Annual administration and progress report of the Indian Medical Department, Bombay
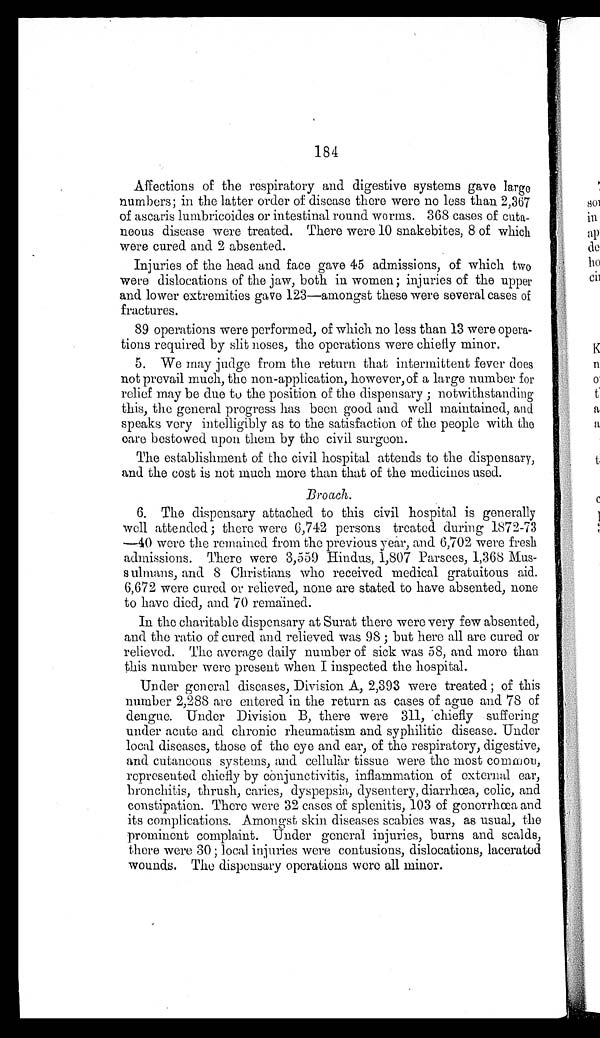
1 8 4
Affections of the respiratory and digestive systems gave larg
e n u m b e r s ; i n t h e l a t t e r o r d e r o f d i s e a s e t h e r e w e r e n o l e s s t h a n 2 , 3 6 7
of ascaris lumbricoides or intestinal round worms. 368 cases of cuta
-neous disease were treated. There were 10 snakebites, 8 of which
were cured and 2 absented.
Injuries of the head and face gave 45 admissions, of which two
were dislocations of the jaw, both in women; injuries of the upper
and lower extremities gave 123—amongst these were several cases of
fractures.
89 operations were performed, of which no less than 13 were opera
-tions required by slit noses, the operations were chiefly minor.
5. We may judge from the return that intermittent fever does
not prevail much, the non-application, however, of a large number for
relief may be due to the position of the dispensary; notwithstanding
this, the general progress has been good and well maintained, and
speaks very intelligibly as to the satisfaction of the people with the
care bestowed upon them by the civil surgeon.
The establishment of the civil hospital attends to the dispensary,
and the cost is not much more than that of the medicines used.
Broach.
6. The dispensary attached to this civil hospital is generally
well attended; there were (6,742 persons treated during 1872-73
— 4 0
w e r e t h e r e m a i n e d f r o m t h e p r e v i o u s y e a r , a n d 6 , 7 0 2 w e r e f r e s h
admissions. There were 3,559 Hindus, 1,807 Parsees, 1,368 Mus
-sulmans, and 8 Christians who received medical gratuitous aid.
6,672 were cured or relieved, none are stated to have absented, none
to have died, and 70 remained.
In the charitable dispensary at Surat there were very few absented,
and the ratio of cured and relieved was 98; but here all are cured or
relieved. The average daily number of sick was 58, and more than
this number were present when I inspected the hospital.
Under general diseases, Division A, 2,393 were treated; of this
number 2,288 are entered in the return as cases of ague and 78 of
dengue. Under Division B, there were 311, chiefly suffering
under acute and chronic rheumatism and syphilitic disease. Under
local diseases, those of the eye and ear, of the respiratory, digestive,
and cutaneous systems, and cellular tissue were the most common,
represented chiefly by conjunctivitis, inflammation of external ear,
bronchitis, thrush, caries, dyspepsia, dysentery, diarrhœa, colic, and
constipation. There were 32 cases of splenitis, 103 of gonorrhœa and
its complications. Amongst skin diseases scabies was, as usual, the
prominent complaint. Under general injuries, burns and scalds,
there were 30; local injuries were contusions, dislocations, lacerated
wounds. The dispensary operations were all minor.